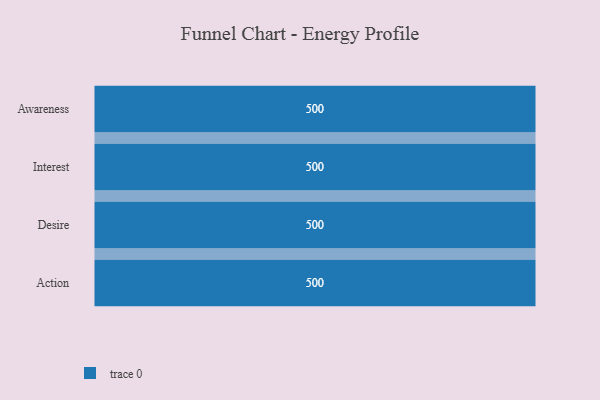
{"axis": {"x": "Stage", "y": "Value"}, "legend": [""], "data": [{"x": "Awareness", "y": 500, "type": ""}, {"x": "Interest", "y": 500, "type": ""}, {"x": "Desire", "y": 500, "type": ""}, {"x": "Action", "y": 500, "type": ""}]}